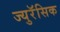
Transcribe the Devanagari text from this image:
ज्युरॅसिक